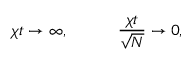
\chi t \rightarrow \infty , \qquad \quad \frac { \chi t } { \sqrt { N } } \rightarrow 0 ,